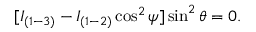
\begin{array} { r } { [ I _ { ( 1 - 3 ) } - I _ { ( 1 - 2 ) } \cos ^ { 2 } \psi ] \sin ^ { 2 } \theta = 0 . } \end{array}